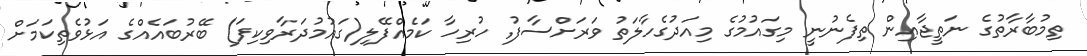
ތިމުބާރާތުގެ ނަތީޖާއިން ތިފެނުނީ މިގައުމުގެ މިއަދުގެހާލަތު ވަރަށްސާފު